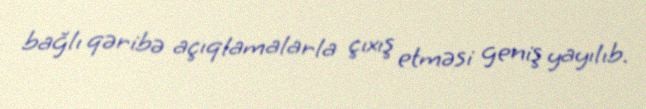
bağlı qəribə açıqlamalarla çıxış etməsi geniş yayılıb.